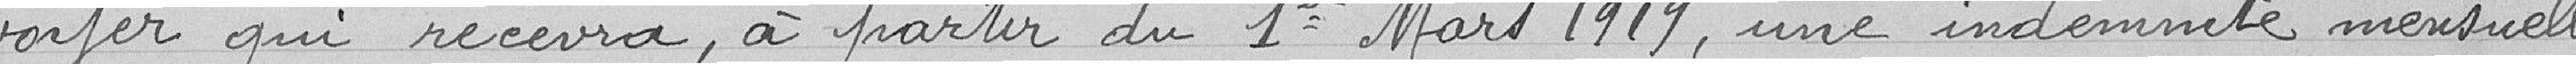
voyer qui recevra, à partir du 1er Mars 1919, une indemnité mensuelle